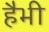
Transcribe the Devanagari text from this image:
हैभी